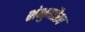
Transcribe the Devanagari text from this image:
शंभुगौरव